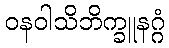
ဝနဝါသိဘိက္ခူနဂ္ဂံ